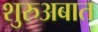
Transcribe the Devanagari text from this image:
शुरुअबात